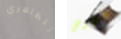
تتظاهري للأرض